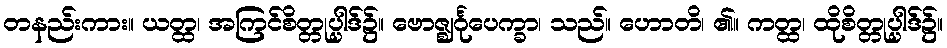
တနည်းကား။ ယတ္ထ၊ အကြင်စိတ္တုပ္ပါဒ်၌။ ဗောဇ္ဈင်္ဂုပေက္ခာ၊ သည်။ ဟောတိ၊ ၏။ ကတ္ထ၊ ထိုစိတ္တုပ္ပါဒ်၌။